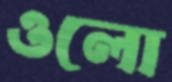
ওলো